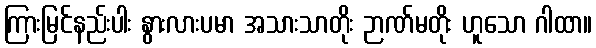
ကြားမြင်နည်းပါး နွားလားပမာ အသားသာတိုး ဉာဏ်မတိုး ဟူသော ဂါထာ။